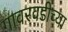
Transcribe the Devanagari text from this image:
गावरवडीच्या